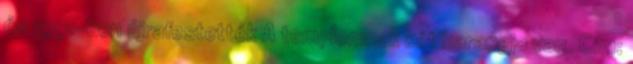
és 1991-ben újrafestették A templomnak két harangja van. Cím: